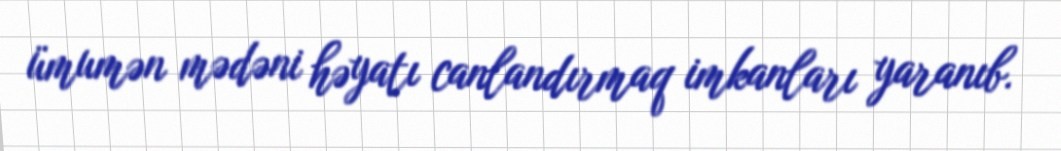
ümumən mədəni həyatı canlandırmaq imkanları yaranıb.